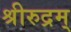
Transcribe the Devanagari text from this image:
श्रीरुद्रम्